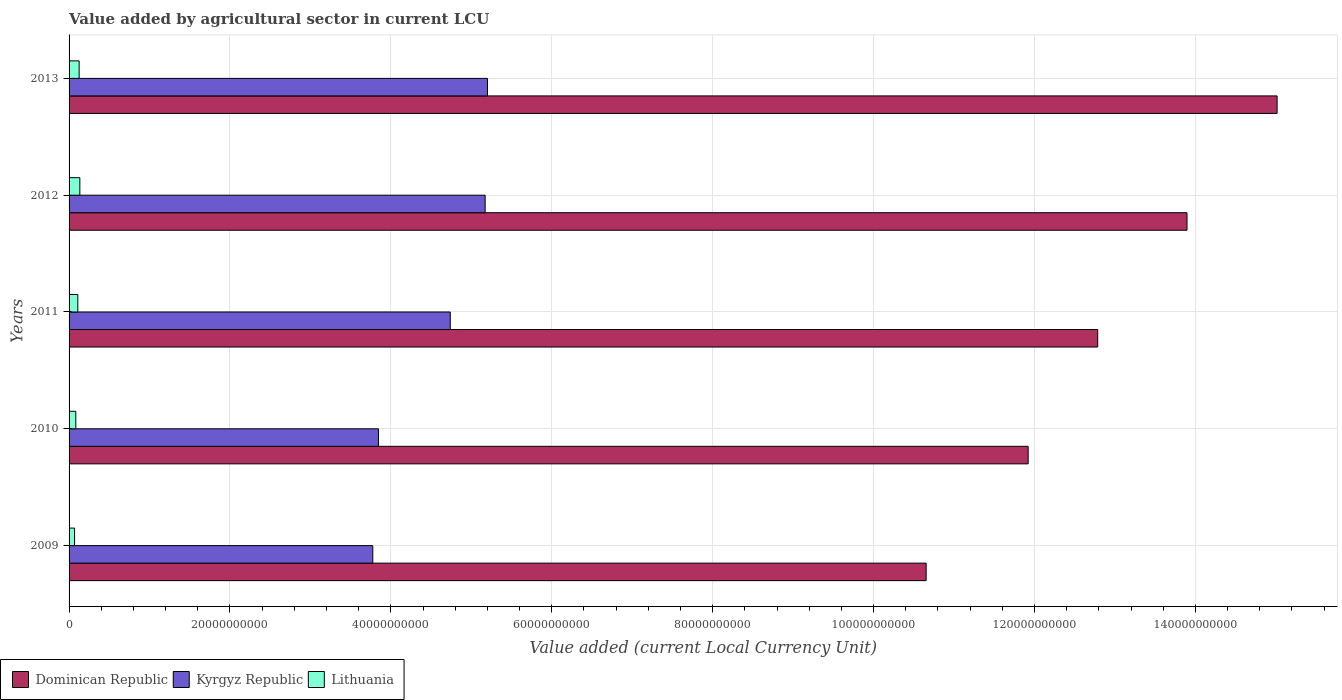
| Years | Dominican Republic | Kyrgyz Republic | Lithuania |
 | --- | --- | --- | --- |
 | 2009 | 1.07e+11 | 3.78e+10 | 6.82e+08 |
 | 2010 | 1.19e+11 | 3.85e+10 | 8.38e+08 |
 | 2011 | 1.28e+11 | 4.74e+10 | 1.09e+09 |
 | 2012 | 1.39e+11 | 5.17e+10 | 1.34e+09 |
 | 2013 | 1.5e+11 | 5.2e+10 | 1.25e+09 |